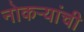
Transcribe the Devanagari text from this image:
नोकऱ्यांची